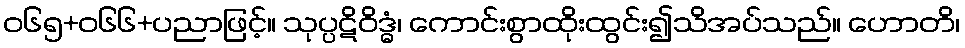
ဝ၆၅+၀၆၆+ပညာဖြင့်။ သုပ္ပဋိဝိဒ္ဓံ၊ ကောင်းစွာထိုးထွင်း၍သိအပ်သည်။ ဟောတိ၊